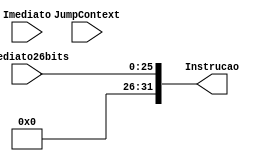
module Jump(
	input [25:0] Imediato26bits,
	input JumpContext,
	input [31:0] Imediato,
	output [31:0] Instrucao
);
	reg [31:0] RegImediato;
	reg [10:0] Valor_JumpContext;

	always @(*) begin
		/*if(JumpContext == 1) begin
			Valor_JumpContext = Imediato[10:0];
		end
		else begin*/
			// Caso precise extender, fazer aqui!
			RegImediato = {6'b0, (Imediato26bits /*+ {15'd0, Valor_JumpContext}*/)};
		//end
		
		
	end

	assign Instrucao = RegImediato;
	
endmodule